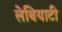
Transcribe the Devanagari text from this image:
लेबियाटी